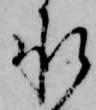
承